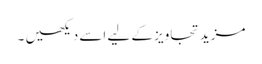
مزید تجاویز کے لیے اسے دیکھیں ۔